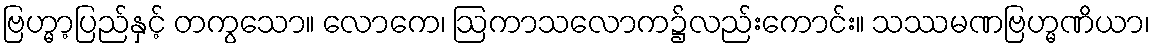
ဗြဟ္မာ့ပြည်နှင့် တကွသော။ လောကေ၊ ဩကာသလောက၌လည်းကောင်း။ သဿမဏဗြဟ္မဏိယာ၊